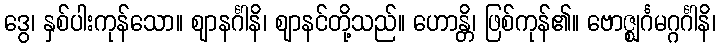
ဒွေ၊ နှစ်ပါးကုန်သော။ ဈာနင်္ဂါနိ၊ ဈာနင်တို့သည်။ ဟောန္တိ၊ ဖြစ်ကုန်၏။ ဗောဇ္ဈင်္ဂမဂ္ဂင်္ဂါနိ၊